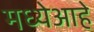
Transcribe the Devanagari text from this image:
मध्येआहे